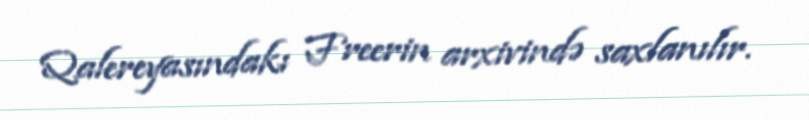
Qalereyasındakı Freerin arxivində saxlanılır.